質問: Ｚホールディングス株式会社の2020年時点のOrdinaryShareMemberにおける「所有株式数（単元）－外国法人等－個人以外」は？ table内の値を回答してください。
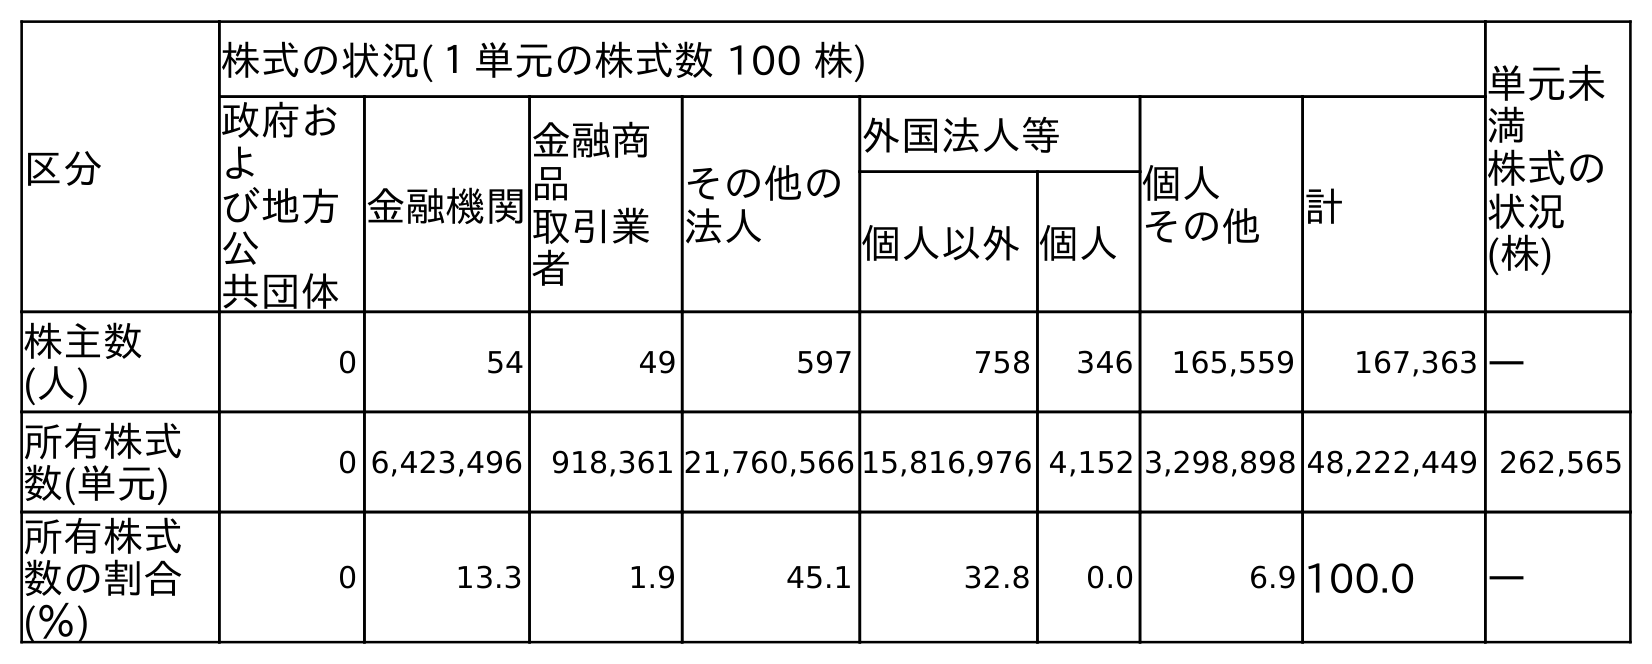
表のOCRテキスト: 区分 株式の状況(１単元の株式数 100 株) 単元未 満 株式の 状況 (株) 政府お よ び地方 公 共団体 金融機関 金融商 品 取引業 者 その他の 法人 外国法人等 個人 その他 計 個人以外個人 株主数 (人) 0 54 49 597 758 346 165,559 167,363 ― 所有株式 数(単元) 0 6,423,496 918,361 21,760,566 15,816,976 4,152 3,298,898 48,222,449 262,565 所有株式 数の割合 (％) 0 13.3 1.9 45.1 32.8 0.0 6.9 100.0 ―
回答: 15,816,976